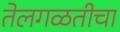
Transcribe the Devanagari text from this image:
तेलगळतीचा